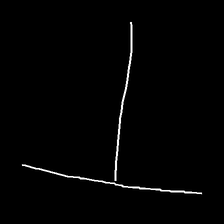
Glyph: column